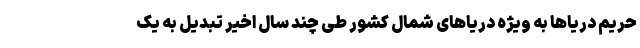
حریم دریا‌ها به ویژه دریا‌های شمال کشور طی چند سال اخیر تبدیل به یک